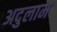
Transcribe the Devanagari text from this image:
अदुलाम